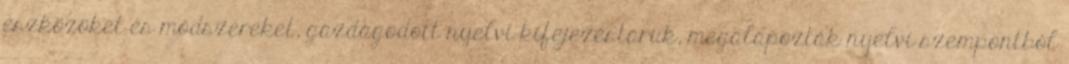
eszközöket és módszereket, gazdagodott nyelvi kifejezéstáruk, megalapozták nyelvi szempontból